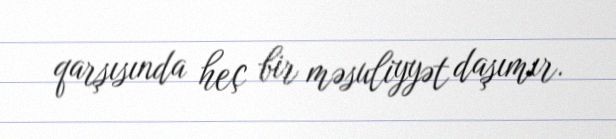
qarşısında heç bir məsuliyyət daşımır.